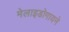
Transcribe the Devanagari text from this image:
मेलाइडोगायने